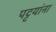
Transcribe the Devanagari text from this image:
पट्टयांना